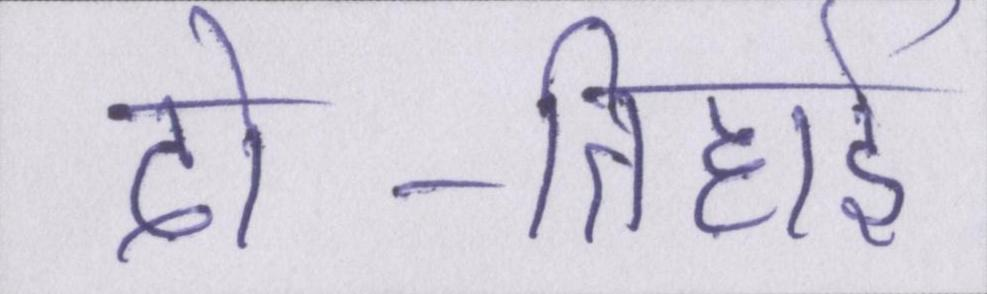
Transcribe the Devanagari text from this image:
दो-तिहाई